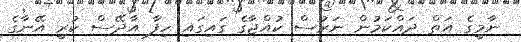
ނާމީގެ އަތް ދައްކަމުން ނަރުސް ކުއްޖާގެ ގައިގައި ހިފާ އާދޭސް ކުރީ އޭނާގެ